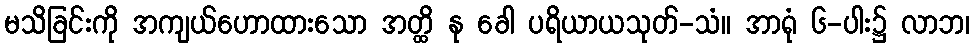
မသိခြင်းကို အကျယ်ဟောထားသော အတ္ထိ နု ခေါ ပရိယာယသုတ်-သံ။ အာရုံ ၆-ပါး၌ လာဘ၊